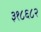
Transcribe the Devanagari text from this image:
३१८६८२